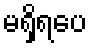
မရှိရပေ